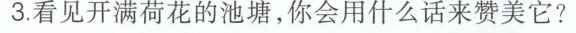
3.看见开满荷花的池塘，你会用什么话来赞美它?